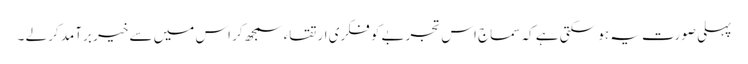
پہلی صورت یہ ہو سکتی ہے کہ سماج اس تجربے کو فکری ارتقاء سمجھ کر اس میں سے خیر برآمد کر لے ۔